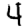
Digit: 4